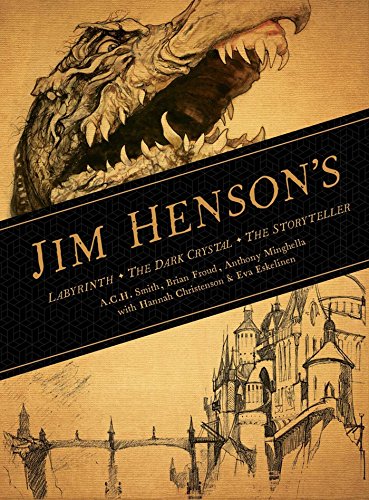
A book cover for The Jim Henson Novel Slipcase Box Set; A.C.H. Smith; Humor & Entertainment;